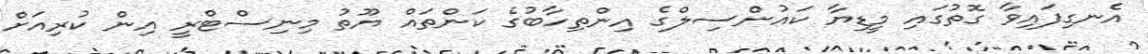
އެނގިފައިވާ ގޮތުގައި މީޑިޔާ ކައުންސިލްގެ އިންތިހާބުގެ ކަންތައް ޔޫތު މިނިސްޓްރީ އިން ކުރިއަށް